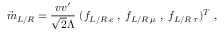
\vec { m } _ { L / R } = \frac { v v ^ { \prime } } { \sqrt { 2 } \Lambda } \; ( f _ { L / R \; e } \; , \; f _ { L / R \; \mu } \; , \; f _ { L / R \; \tau } ) ^ { T } \; ,